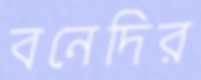
বনেদির